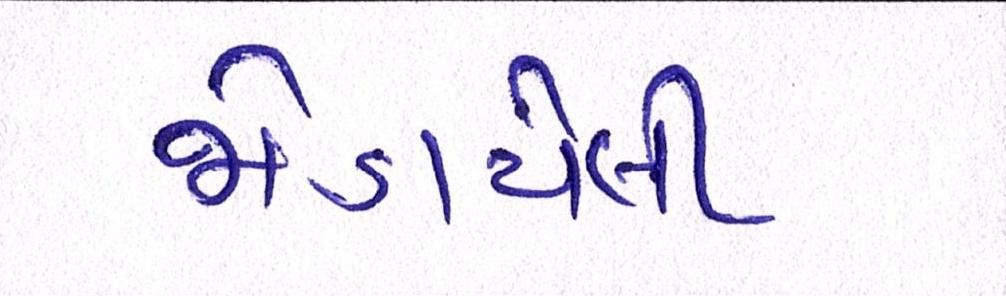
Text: જોડાયેલી